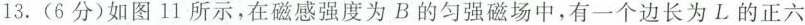
13.(6分)如图11所示，在磁感强度为B的匀强磁场中，有一个边长为L的正六